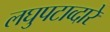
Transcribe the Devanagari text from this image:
लघुपटाव्दारे